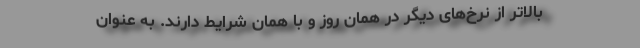
بالاتر از نرخ‌های دیگر در همان روز و با همان شرایط دارند. به عنوان